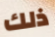
ذلك